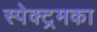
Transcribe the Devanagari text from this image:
स्पेक्ट्रमका